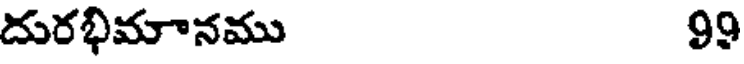
దురభిమానము 99